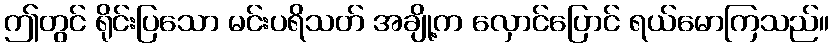
ဤတွင် ရိုင်းပြသော မင်းပရိသတ် အချို့က လှောင်ပြောင် ရယ်မောကြသည်။